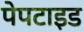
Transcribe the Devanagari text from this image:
पेपटाइड